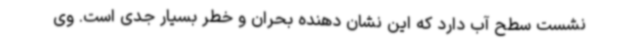
نشست سطح آب دارد که این نشان دهنده بحران و خطر بسیار جدی است. وی